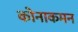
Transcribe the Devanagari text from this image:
कोनाकमन